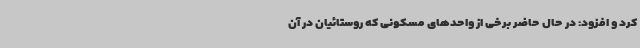
کرد و افزود: در حال حاضر برخی از واحدهای مسکونی که روستائیان در آن